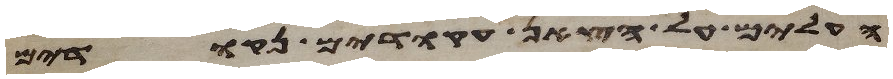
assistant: העלים על הצאן עקודים נקודים